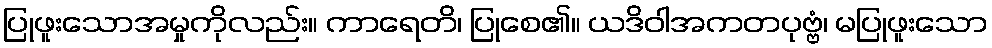
ပြုဖူးသောအမှုကိုလည်း။ ကာရေတိ၊ ပြုစေ၏။ ယဒိဝါအကတပုဗ္ဗံ၊ မပြုဖူးသော